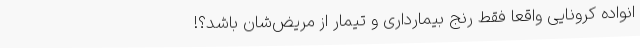
انواده کرونایی واقعاً فقط رنج بیمارداری و تیمار از مریض‌شان باشد؟!